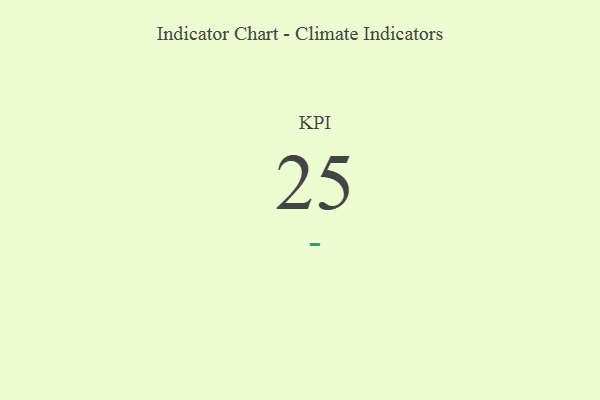
{"axis": {"x": "KPI", "y": "Value"}, "legend": [""], "data": [{"x": "KPI", "y": 25, "type": ""}]}